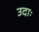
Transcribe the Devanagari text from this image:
उदाः